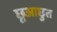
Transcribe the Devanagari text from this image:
छूआछुत